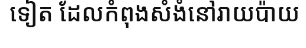
ទៀត ដែលកំពុងសំងំនៅរាយប៉ាយ